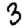
Digit: 3